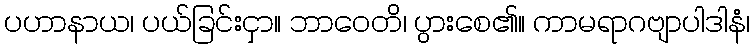
ပဟာနာယ၊ ပယ်ခြင်းငှာ။ ဘာဝေတိ၊ ပွားစေ၏။ ကာမရာဂဗျာပါဒါနံ၊